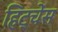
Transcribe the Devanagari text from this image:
हिट्चेंस